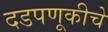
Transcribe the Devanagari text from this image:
दडपणूकीचे